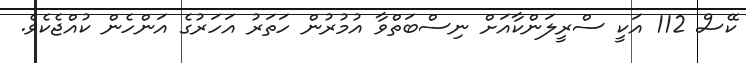
ކޭސް 112 އަކީ ސްރީލަންކާއަށް ނިސްބަތްވާ އުމުރުން ހަތަރު އަހަރުގެ އަންހެން ކުއްޖެކެވެ.